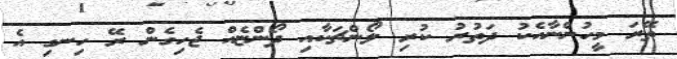
ތޭރަ މީހުންނާއެކު ދަތުރު ކުރި ލޯންޗަކާއި ދޯންޏެއް ޖެހިގެން ރޭ ހިނގި އެ